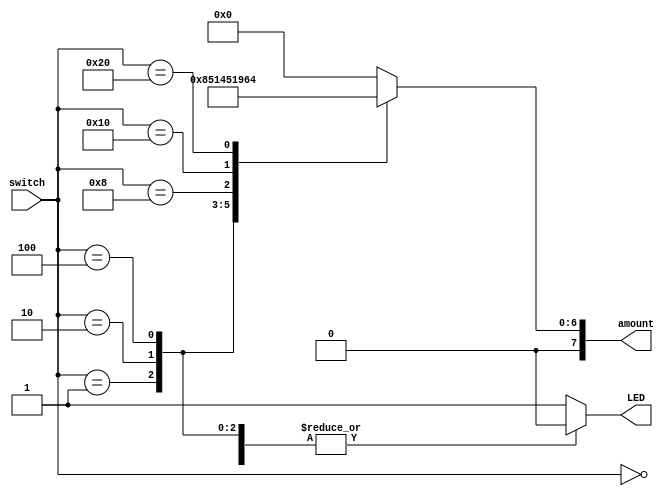
`timescale 1ns / 1ps
//////////////////////////////////////////////////////////////////////////////////
// Company: 
// Engineer: 
// 
// Design Name: 
// Module Name: ATM
// Project Name: 
// Target Devices: 
// Tool Versions: 
// Description: 
// 
// Dependencies: 
// 
// Revision:
// Revision 0.01 - File Created
// Additional Comments:
// 
//////////////////////////////////////////////////////////////////////////////////
`timescale 1ns / 1ps

module ATM(
    input [5:0] switch, //6 different Bills ($1, $5, $10, $20,$50, $100)
    output [7:0] amount, //dollar money inserted into the ATM Machine
    output LED //this just indicates if you have more than one dollar amount entered.
    );
    
    reg [7:0] bill_amount = 8'b00000000; //will assign values here...
    
    //only one switch in up position at a time. Else warning led light will turn on.
    always @(switch)
    begin
        case(switch) //amount depends upon the switch
            1: bill_amount = 8'b00000001; // $1, if sw[0] is high
            2: bill_amount = 8'b00000101; // $5, if sw[2] is high
            4: bill_amount = 8'b00001010; // $10, if sw[4] is high
            8: bill_amount = 8'b00010100; // $20 sw[6]
            16: bill_amount = 8'b00110010; // $5000
            32: bill_amount = 8'b01100100; // $100, if sw10 is high
            default: bill_amount = 8'b00000000; // $0 
        endcase
    end
    
    assign amount = bill_amount;
    
    ////only one switch in up position at a time. Else warning led light will turn on.
    reg active = 1'b0; 
        
    always @(switch)
    begin
        case(switch)
            0: active = 1'b0; // $0
            1: active = 1'b0; // $1
            2: active = 1'b0; // $5
            4: active = 1'b0; // $10
            8: active = 1'b0; // $20 (1000)
            16: active = 1'b0; // $50 (1000 0000)
            32: active = 1'b0; // $100
            default: active = 1'b1; // $0 
        endcase
    end
    
    assign LED = active;
    
endmodule